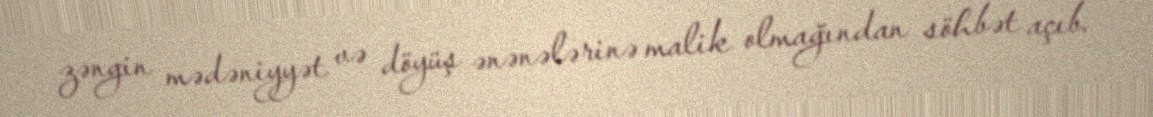
zəngin mədəniyyət və döyüş ənənələrinə malik olmağından söhbət açıb.